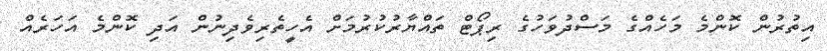
އިތުރުން ކޮންމެ މަހެއްގެ މަސްދުވަހުގެ ރިޕޯޓް ތައްޔާރުކުރުމަށް އެހީތެރިވެދިނުން އަދި ކޮންމެ އަހަރެއް